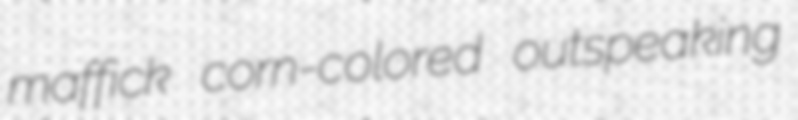
maffick corn-colored outspeaking